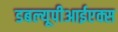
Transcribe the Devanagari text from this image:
डबल्यूपीआईएक्स